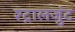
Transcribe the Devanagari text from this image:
श्ट्रालजुंट